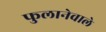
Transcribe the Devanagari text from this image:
फुलानेवाले